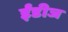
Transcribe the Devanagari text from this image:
ईंडीज